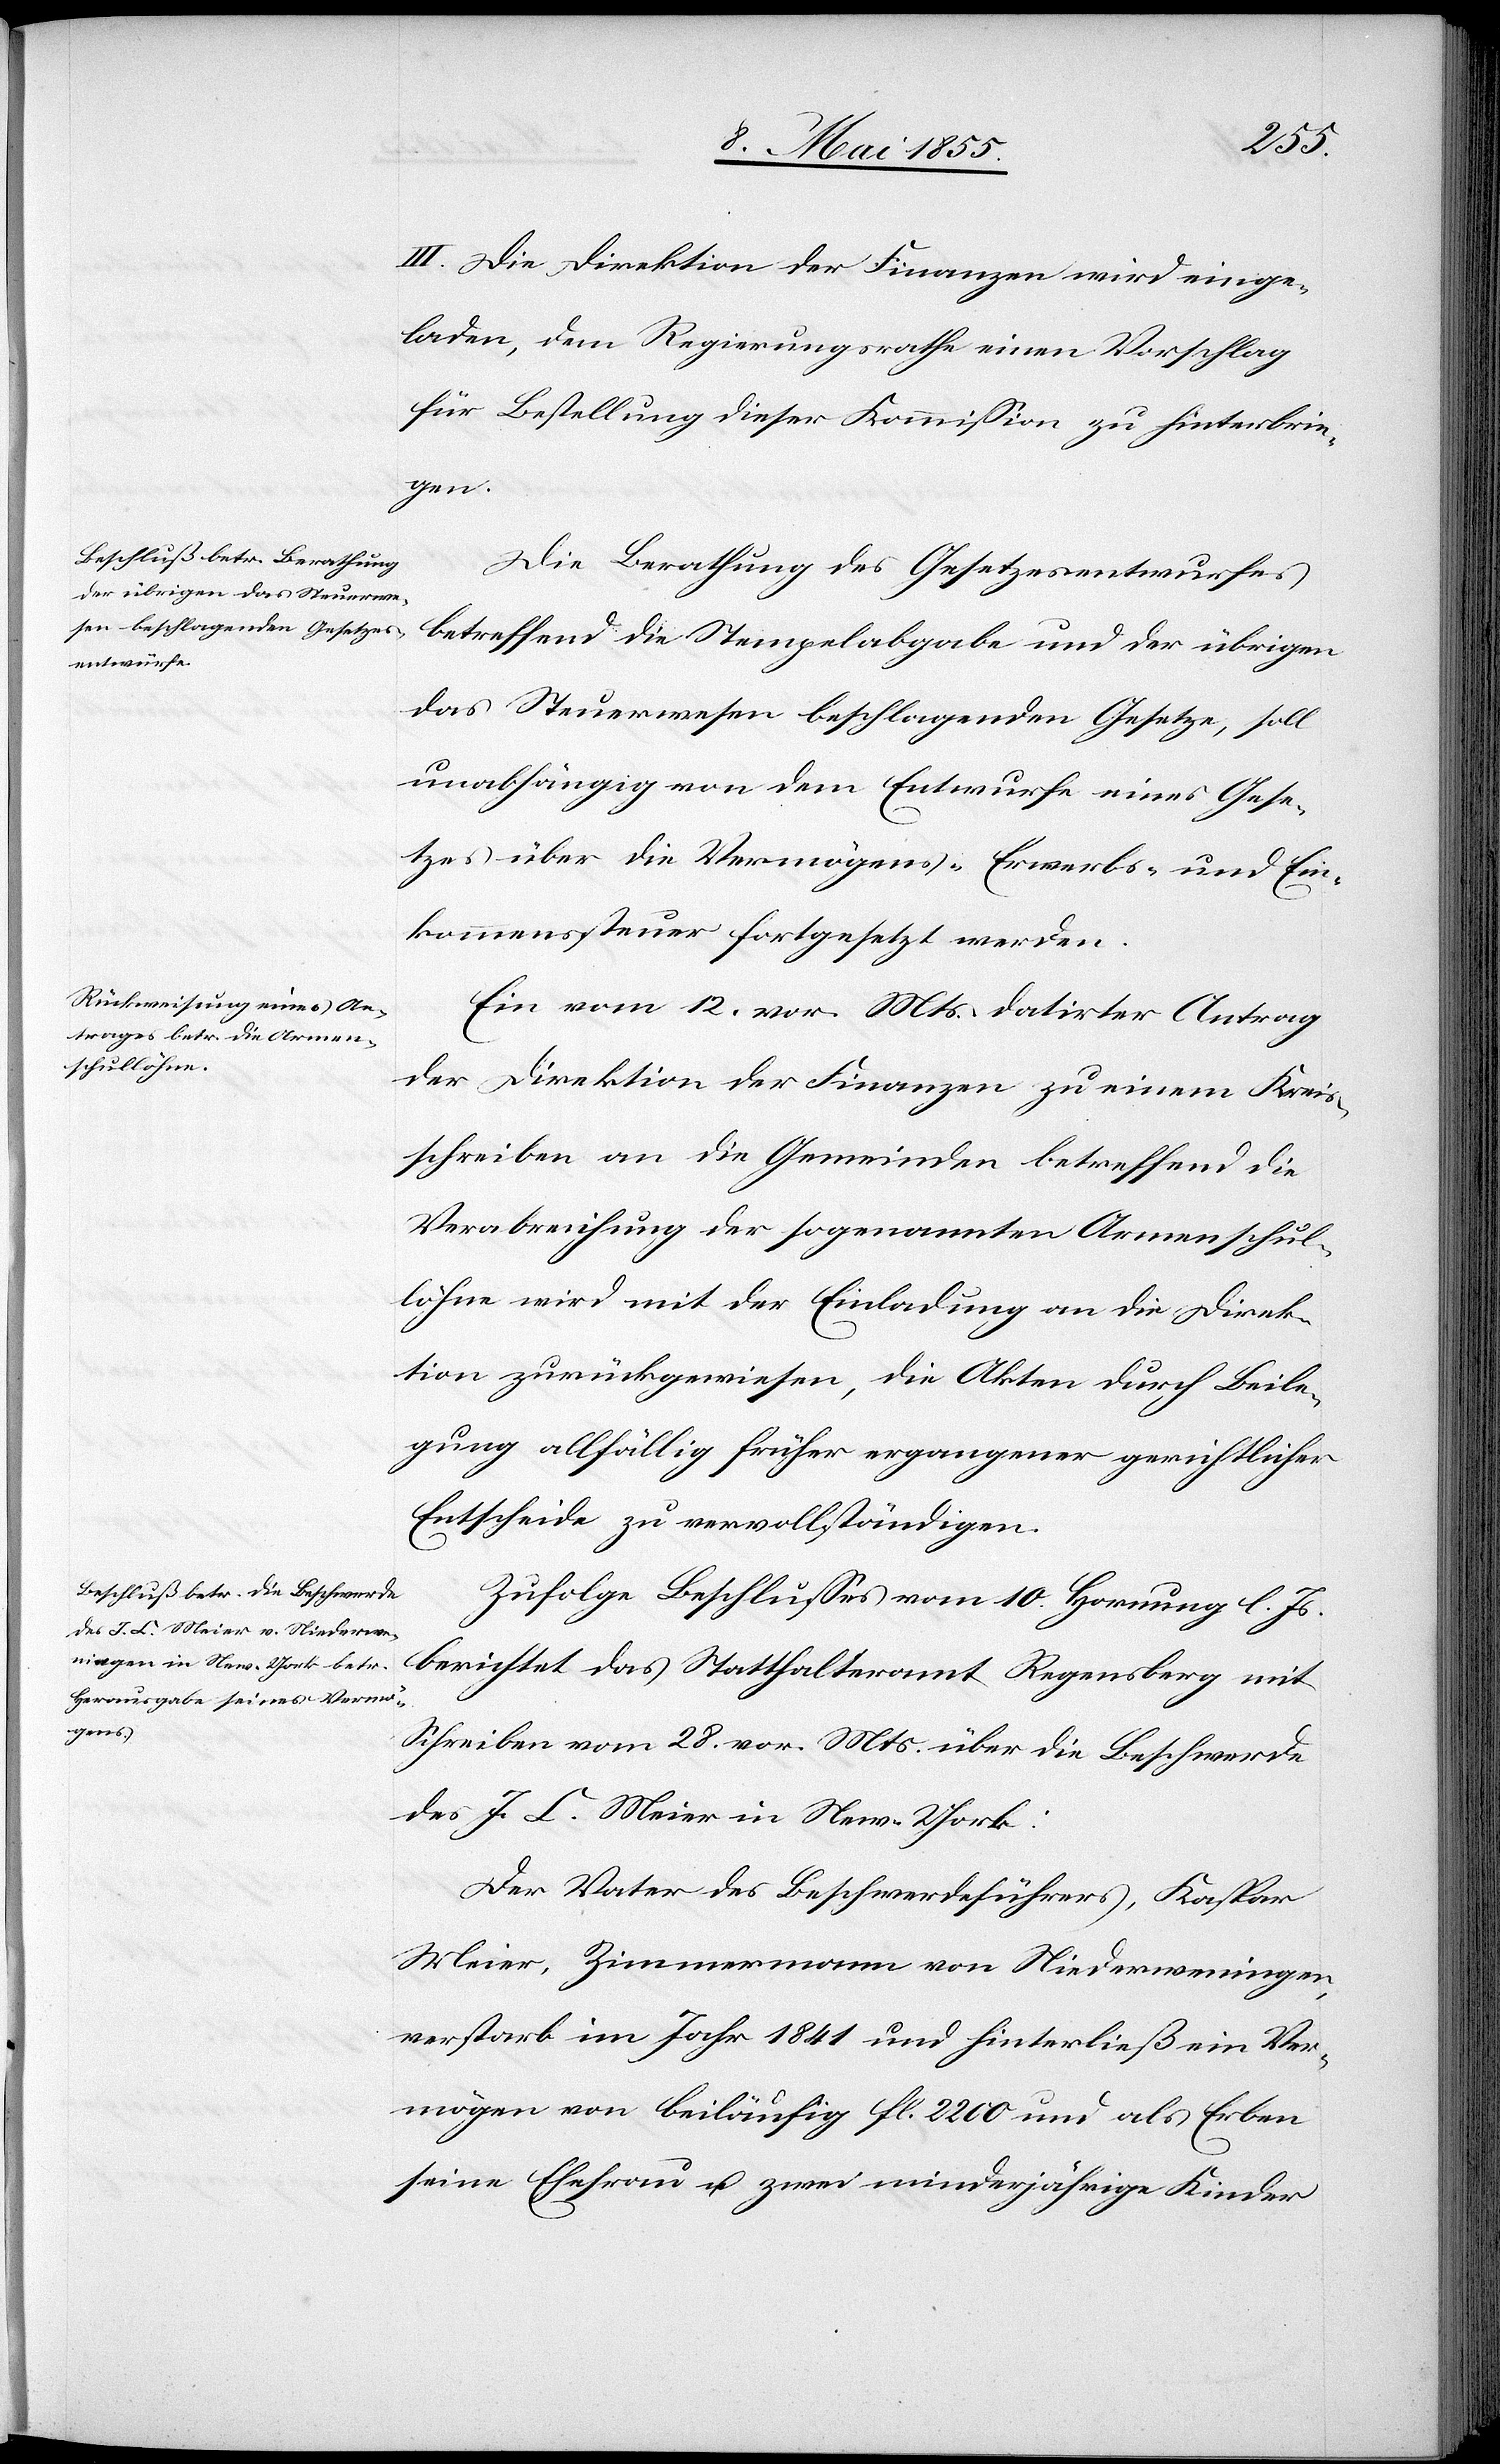
III. Die Direktion der Finanzen wird einge¬
laden, dem Regierungsrathe einen Vorschlag
für Bestellung dieser Kommission zu hinterbrin¬
gen.
Die Berathung des Gesetzesentwurfes
betreffend die Stempelabgabe und der übrigen
das Steuerwesen beschlagenden Gesetze, soll
unabhängig von dem Entwurfe eines Gese¬
tzes über die Vermögens-[,] Erwerbs- und Ein¬
kommenssteuer fortgesetzt werden.
Ein vom 12. vor. Mts. datirter Antrag
der Direktion der Finanzen zu einem Kreis¬
schreiben an die Gemeinden betreffend die
Verabreichung der sogenannten Armenschul¬
löhne wird mit der Einladung an die Direk¬
tion zurückgewiesen, die Akten durch Beile¬
gung allfällig früher ergangener gerichtlicher
Entscheide zu vervollständigen.
Zufolge Beschlusses vom 10. Hornung l. Js.
berichtet das Statthalteramt Regensberg mit
Schreiben vom 28. vor. Mts. über die Beschwerde
des J. C. Meier in New-York:
Der Vater des Beschwerdeführers, Kaspar
Meier, Zimmermann von Niederweningen,
verstarb im Jahr 1841 und hinterließ ein Ver¬
mögen von beiläufig fl. 2200 und als Erben
seine Ehefrau u. zwei minderjährige Kinder